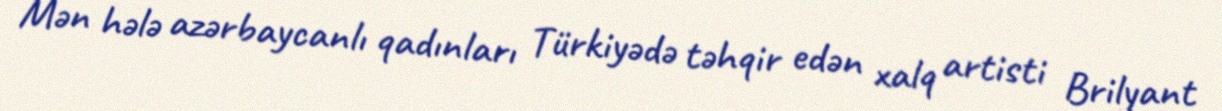
Mən hələ azərbaycanlı qadınları Türkiyədə təhqir edən xalq artisti Brilyant